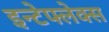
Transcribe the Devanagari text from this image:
इन्टेफ्लेक्स